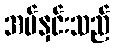
အပ်နှင်းသည်